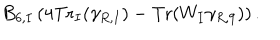
B _ { 6 , I } \left( 4 \mathrm { T r } _ { I } ( \gamma _ { R , I } ) - \mathrm { T r } ( W _ { I } \gamma _ { R , 9 } ) \right) .